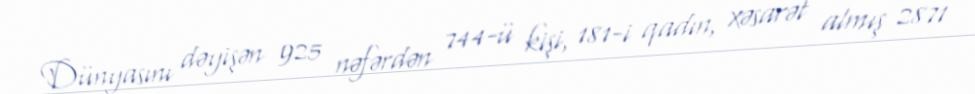
Dünyasını dəyişən 925 nəfərdən 744-ü kişi, 181-i qadın, xəsarət almış 2871